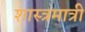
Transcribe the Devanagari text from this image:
शास्त्रमात्री